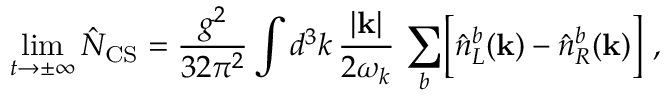
\operatorname * { l i m } _ { t \rightarrow \pm \infty } \hat { N } _ { \mathrm { C S } } = \frac { g ^ { 2 } } { 3 2 \pi ^ { 2 } } \int d ^ { 3 } k \, \frac { | { \bf k } | } { 2 \omega _ { k } } \, \sum _ { b } \Bigl [ \hat { n } _ { L } ^ { b } ( { \bf k } ) - \hat { n } _ { R } ^ { b } ( { \bf k } ) \Bigr ] \ ,